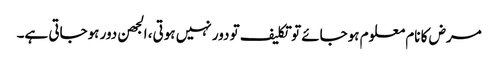
مرض کا نام معلوم ہوجائے تو تکلیف تو دور نہیں ہوتی، الجھن دور ہوجاتی ہے۔